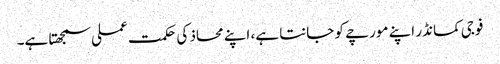
فوجی کمانڈر اپنے مورچے کو جانتا ہے، اپنے محاذ کی حکمت عملی سمجھتا ہے۔